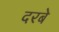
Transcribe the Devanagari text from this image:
दरबे